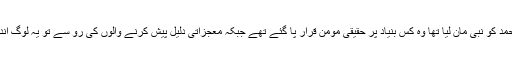
اور جنہوں نے محمد کو نبی مان لیا تھا وہ کس بنیاد پر حقیقی مومن قرار پا گئے تھے جبکہ معجزاتی دلیل پیش کرنے والوں کی رُو سے تو یہ لوگ اندھا ایمان لے آئے۔